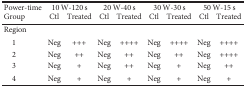
| Power-time | <COLSPAN=2> 10 W-120 s | <COLSPAN=2> 20 W-40 s | <COLSPAN=2> 30 W-30 s | <COLSPAN=2> 50 W-15 s |
 | Group | Ctl | Treated | Ctl | Treated | Ctl | Treated | Ctl | Treated |
 | --- | --- | --- | --- | --- | --- | --- | --- | --- |
 | Region |  |  |  |  |  |  |  |  |
 | 1 | Neg | +++ | Neg | ++++ | Neg | ++++ | Neg | ++++ |
 | 2 | Neg | ++ | Neg | ++ | Neg | ++ | Neg | ++++ |
 | 3 | Neg | + | Neg | ++ | Neg | + | Neg | ++ |
 | 4 | Neg | + | Neg | + | Neg | + | Neg | + |